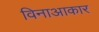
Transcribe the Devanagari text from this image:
विनाआकार